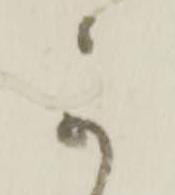
可